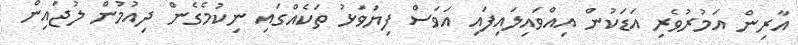
އާރިން އަމުރުވެރި އަޑަކުން އިއްވައިލައިފައި އަވަސް ފިޔަވަޅު ތަކެއްގައި ނިކުމެގެން ދިއުމުން ލުޖައިން